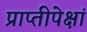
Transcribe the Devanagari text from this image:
प्राप्तीपेक्षां